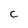
Character: c